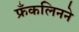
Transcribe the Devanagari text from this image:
फ्रँकलिनने